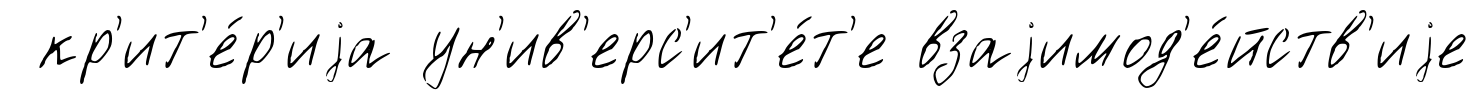
кр'ит'е́р'иjа ун'ив'ерс'ит'е́т'е взаjимод'е́йств'иjе